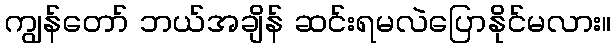
ကျွန်တော် ဘယ်အချိန် ဆင်းရမလဲပြောနိုင်မလား။